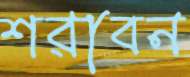
শরাবন